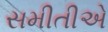
સમીતીએ